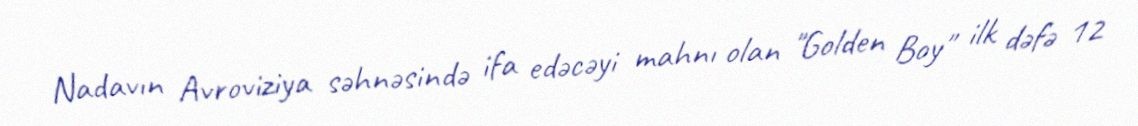
Nadavın Avroviziya səhnəsində ifa edəcəyi mahnı olan "Golden Boy" ilk dəfə 12